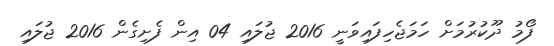
ފޯމު ދޫކުރުމަށް ހަމަޖެހިފައިވަނީ 2016 ޖުލައި 04 އިން ފެށިގެން 2016 ޖުލައި